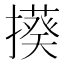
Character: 𭢦